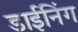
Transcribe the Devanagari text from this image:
डाईनिंग